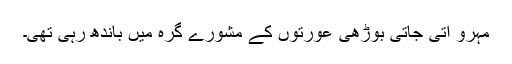
مہرو آتی جاتی بوڑھی عورتوں کے مشورے گرہ میں باندھ رہی تھی۔